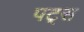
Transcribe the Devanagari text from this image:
पट्स